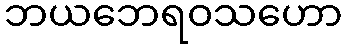
ဘယဘေရဝသဟော